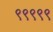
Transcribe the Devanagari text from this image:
९९९९९